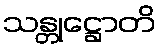
သန္တုဋ္ဌောတိ